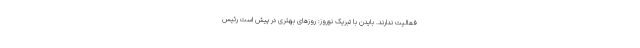
فعالیت ندارند. بایدن با تبریک نوروز: روزهای بهتری در پیش است رئیس